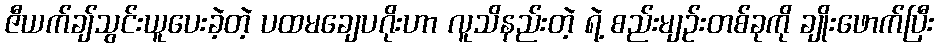
ဇီယက်ချ်သွင်းယူပေးခဲ့တဲ့ ပထမချေပဂိုးဟာ လူသိနည်းတဲ့ ရဲ့ စည်းမျဉ်းတစ်ခုကို ချိုးဖောက်ပြီး